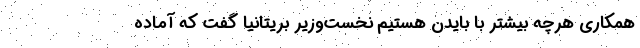
همکاری هرچه بیشتر با بایدن هستیم نخست‌وزیر بریتانیا گفت که آماده